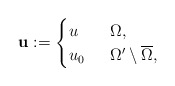
\begin{align*}&\mathbf{u}:=\begin{cases} u&\;\;\Omega, \\ u_{0}&\;\;\Omega'\setminus\overline{\Omega},\end{cases}\end{align*}